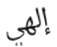
إلهي